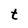
Character: t